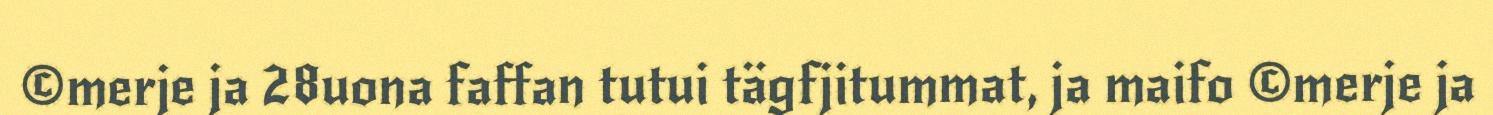
©merje ja 28uona faffan tutui tägfjitummat, ja maifo ©merje ja